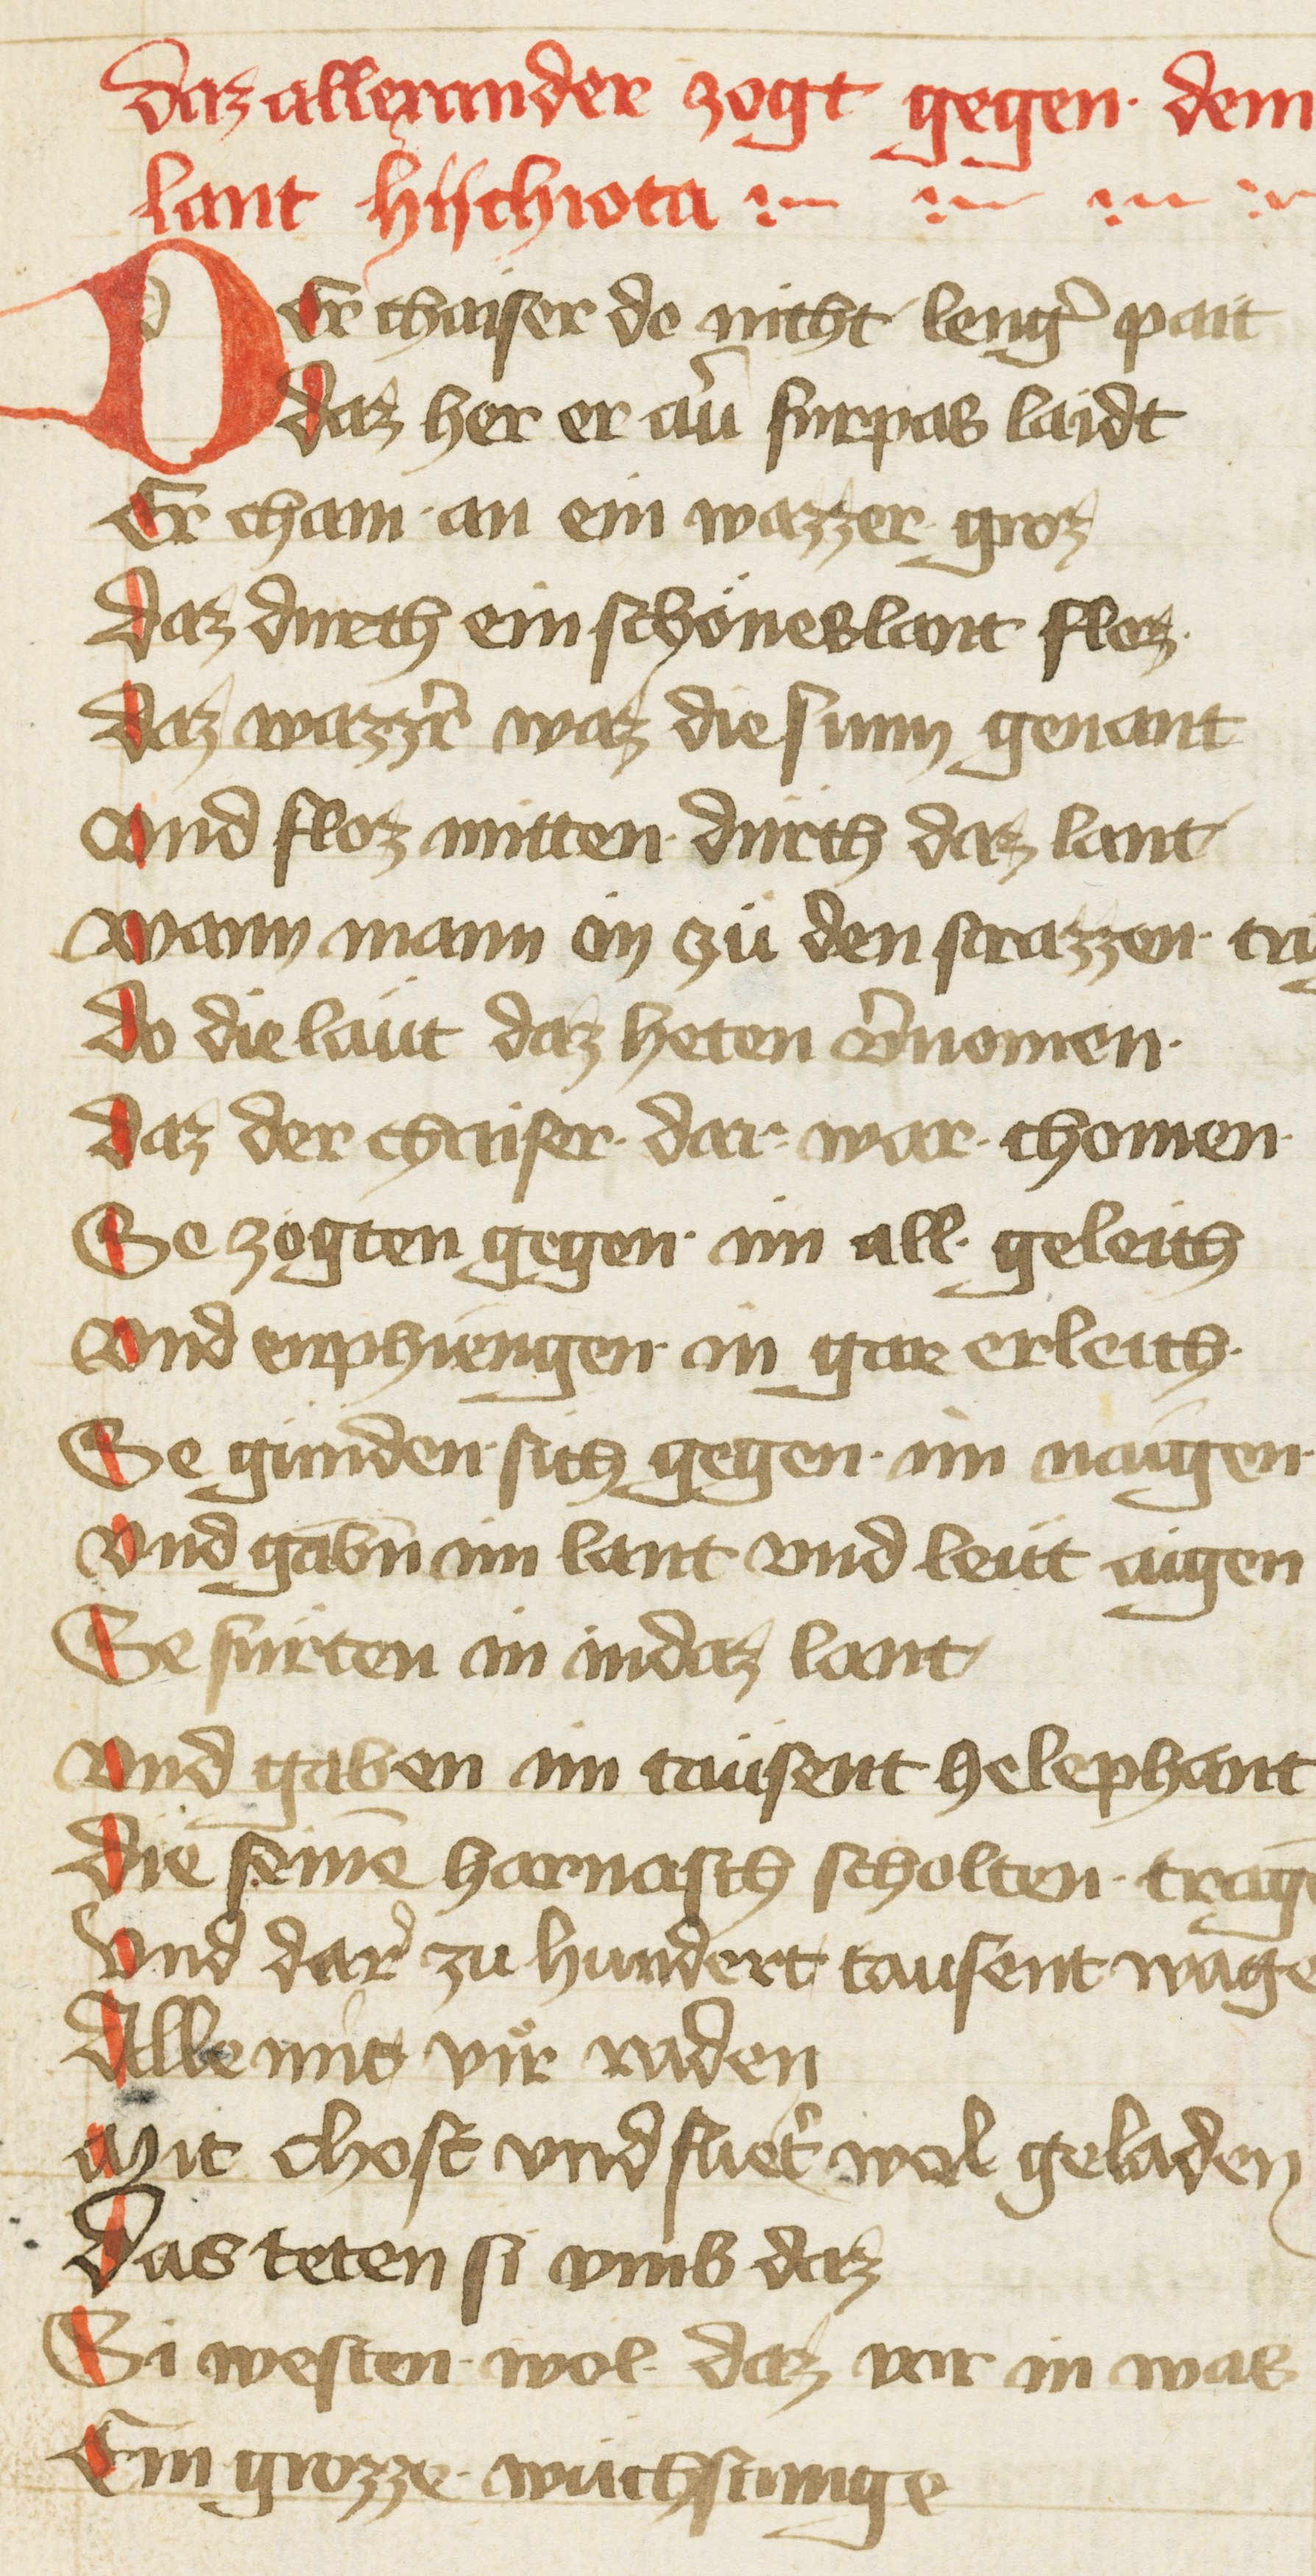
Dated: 1402–1402